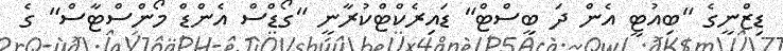
ޑިޒްނީގެ "ބިއުޓީ އެން ދަ ބީސްޓް" ޑައިރެކްޓްކުރާނީ "ގޯޑްސް އެންޑް މޯންސްޓާސް" ގެ